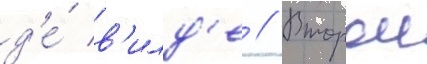
д'е́ в'илд'е // Второи